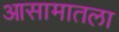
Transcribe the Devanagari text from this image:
आसामातला